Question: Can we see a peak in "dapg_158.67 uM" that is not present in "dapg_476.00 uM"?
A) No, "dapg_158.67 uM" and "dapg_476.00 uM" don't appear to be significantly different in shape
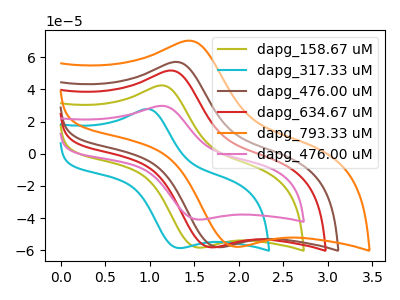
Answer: <think>The olive curve "dapg_158.67 uM" has an anodic peak at (1.15V, 42.30uA) and a cathodic peak at (1.60V, -58.25uA). The cyan curve "dapg_317.33 uM" has an anodic peak at (1.00V, 27.65uA) and a cathodic peak at (1.35V, -58.55uA). The brown curve "dapg_476.00 uM" has an anodic peak at (1.35V, 56.85uA) and a cathodic peak at (1.80V, -58.00uA). The red curve "dapg_634.67 uM" has an anodic peak at (1.25V, 51.55uA) and a cathodic peak at (1.75V, -58.10uA). The orange curve "dapg_793.33 uM" has an anodic peak at (1.50V, 70.00uA) and a cathodic peak at (2.00V, -57.75uA). The pink curve "dapg_476.00 uM" has an anodic peak at (1.15V, 29.65uA) and a cathodic peak at (1.60V, -40.85uA).
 All the peaks in "dapg_158.67 uM" have a peak in "dapg_476.00 uM" at the same potential. Every peak in "dapg_158.67 uM" is higher than every peak in "dapg_476.00 uM".</think>
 <answer>A) No, "dapg_158.67 uM" and "dapg_476.00 uM" don't appear to be significantly different in shape</answer>
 <eval>A</eval>